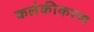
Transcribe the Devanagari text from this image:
कलंकीकरण